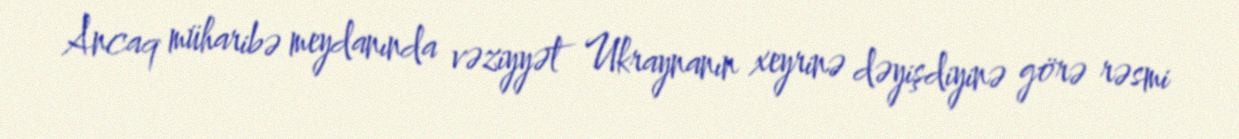
Ancaq müharibə meydanında vəziyyət Ukraynanın xeyrinə dəyişdiyinə görə rəsmi